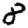
Digit: 8